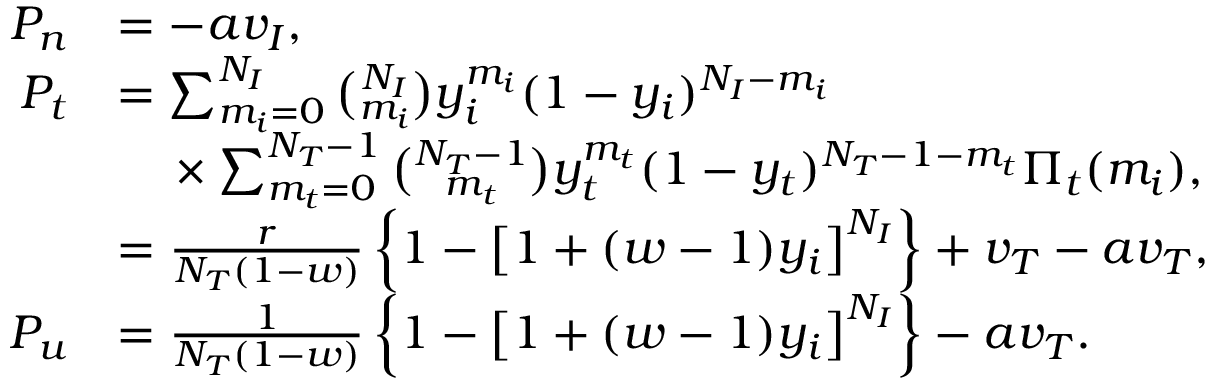
\begin{array} { r l } { P _ { n } } & { = - a v _ { I } , } \\ { P _ { t } } & { = \sum _ { m _ { i } = 0 } ^ { N _ { I } } \binom { N _ { I } } { m _ { i } } y _ { i } ^ { m _ { i } } ( 1 - y _ { i } ) ^ { N _ { I } - m _ { i } } } \\ & { \mathrm { \quad } \times \sum _ { m _ { t } = 0 } ^ { N _ { T } - 1 } \binom { N _ { T } - 1 } { m _ { t } } y _ { t } ^ { m _ { t } } ( 1 - y _ { t } ) ^ { N _ { T } - 1 - m _ { t } } \Pi _ { t } ( m _ { i } ) , } \\ & { = \frac { r } { N _ { T } ( 1 - w ) } \left\{ 1 - \left[ 1 + ( w - 1 ) y _ { i } \right] ^ { N _ { I } } \right\} + v _ { T } - a v _ { T } , } \\ { P _ { u } } & { = \frac { 1 } { N _ { T } ( 1 - w ) } \left\{ 1 - \left[ 1 + ( w - 1 ) y _ { i } \right] ^ { N _ { I } } \right\} - a v _ { T } . } \end{array}